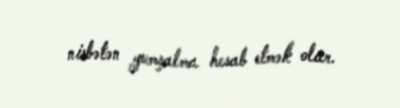
nisbətən yumşalma hesab etmək olar.